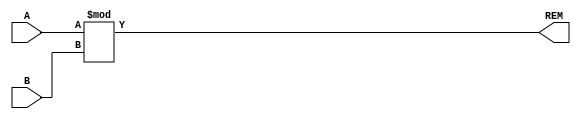
`timescale 1ns / 1ps
//////////////////////////////////////////////////////////////////////////////////
// Company: 
// Engineer: 
// 
// Design Name: 
// Module Name: MOD
// Project Name: 
// Target Devices: 
// Tool Versions: 
// Description: 
// 
// Dependencies: 
// 
// Revision:
// Revision 0.01 - File Created
// Additional Comments:
// 
//////////////////////////////////////////////////////////////////////////////////


module MOD #(parameter DATAWIDTH=64)(A,B,REM);
    input [DATAWIDTH-1:0] A,B;
    output reg [DATAWIDTH-1:0] REM;

    always @(A,B)
    begin
        REM <= A%B;
    end
endmodule